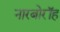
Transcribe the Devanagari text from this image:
नारबोरॉह